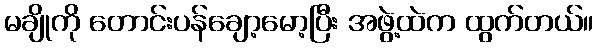
မချိုကို တောင်းပန်ချော့မော့ပြီး အဖွဲ့ထဲက ထွက်တယ်။